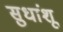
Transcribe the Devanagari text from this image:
सुधांशू